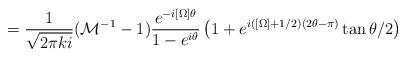
LaTeX: \begin{align*}=\frac{1}{\sqrt{2\pi k i}}({\cal M}^{-1}-1)\frac{e^{-i[\Omega]\theta}}{1-e^{i\theta}}\left(1+e^{i\left([\Omega]+1/2\right)(2\theta-\pi)}\tan\theta/2\right)\end{align*}